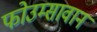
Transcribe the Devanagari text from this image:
फोउम्सावान